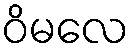
ဝိမလေ